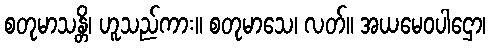
စတုမာသန္တိ၊ ဟူသည်ကား။ စတုမာသေ၊ လတ်။ အယမေဝပါဌော၊